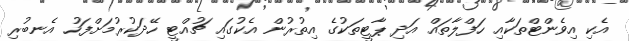
އެކި އިވެންޓްތަކާއި ހަފްލާތައް އަދި ޕާޓީތަކުގެ އިތުރުން އެކުގައި ޗުއްޓީ ހޭދަކުރުމަށްފަހު އެނބުރި